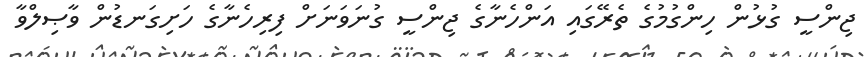
ޖިންސީ ގުޅުން ހިންގުމުގެ ތެރޭގައި އަންހެނާގެ ޖިންސީ ގުނަވަނަށް ފިރިހެނާގެ ހަށިގަނޑުން ވާޞިލްވާ